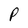
Character: P